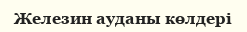
Железин ауданы көлдері